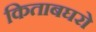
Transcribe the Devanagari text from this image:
किताबघरो